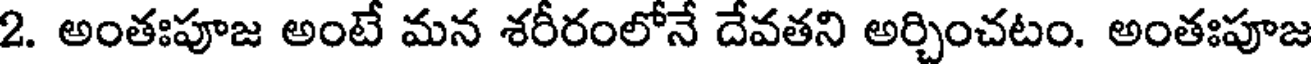
2. అంతఃపూజ అంటే మన శరీరంలోనే దేవతని అర్చించటం. అంతఃపూజ